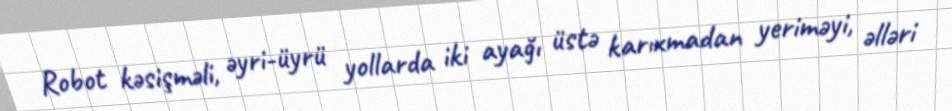
Robot kəsişməli, əyri-üyrü yollarda iki ayağı üstə karıxmadan yeriməyi, əlləri